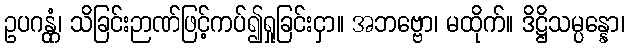
ဥပဂန္တုံ၊ သိခြင်းဉာဏ်ဖြင့်ကပ်၍ရှုခြင်းငှာ။ အဘဗ္ဗော၊ မထိုက်။ ဒိဋ္ဌိသမ္ပန္နော၊